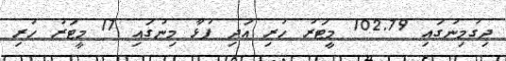
ދިގުމިނުގައި 102.79 މީޓަރު ހުރި އަދި ފުޅާ މިނުގައި 17 މީޓަރު ހުރި